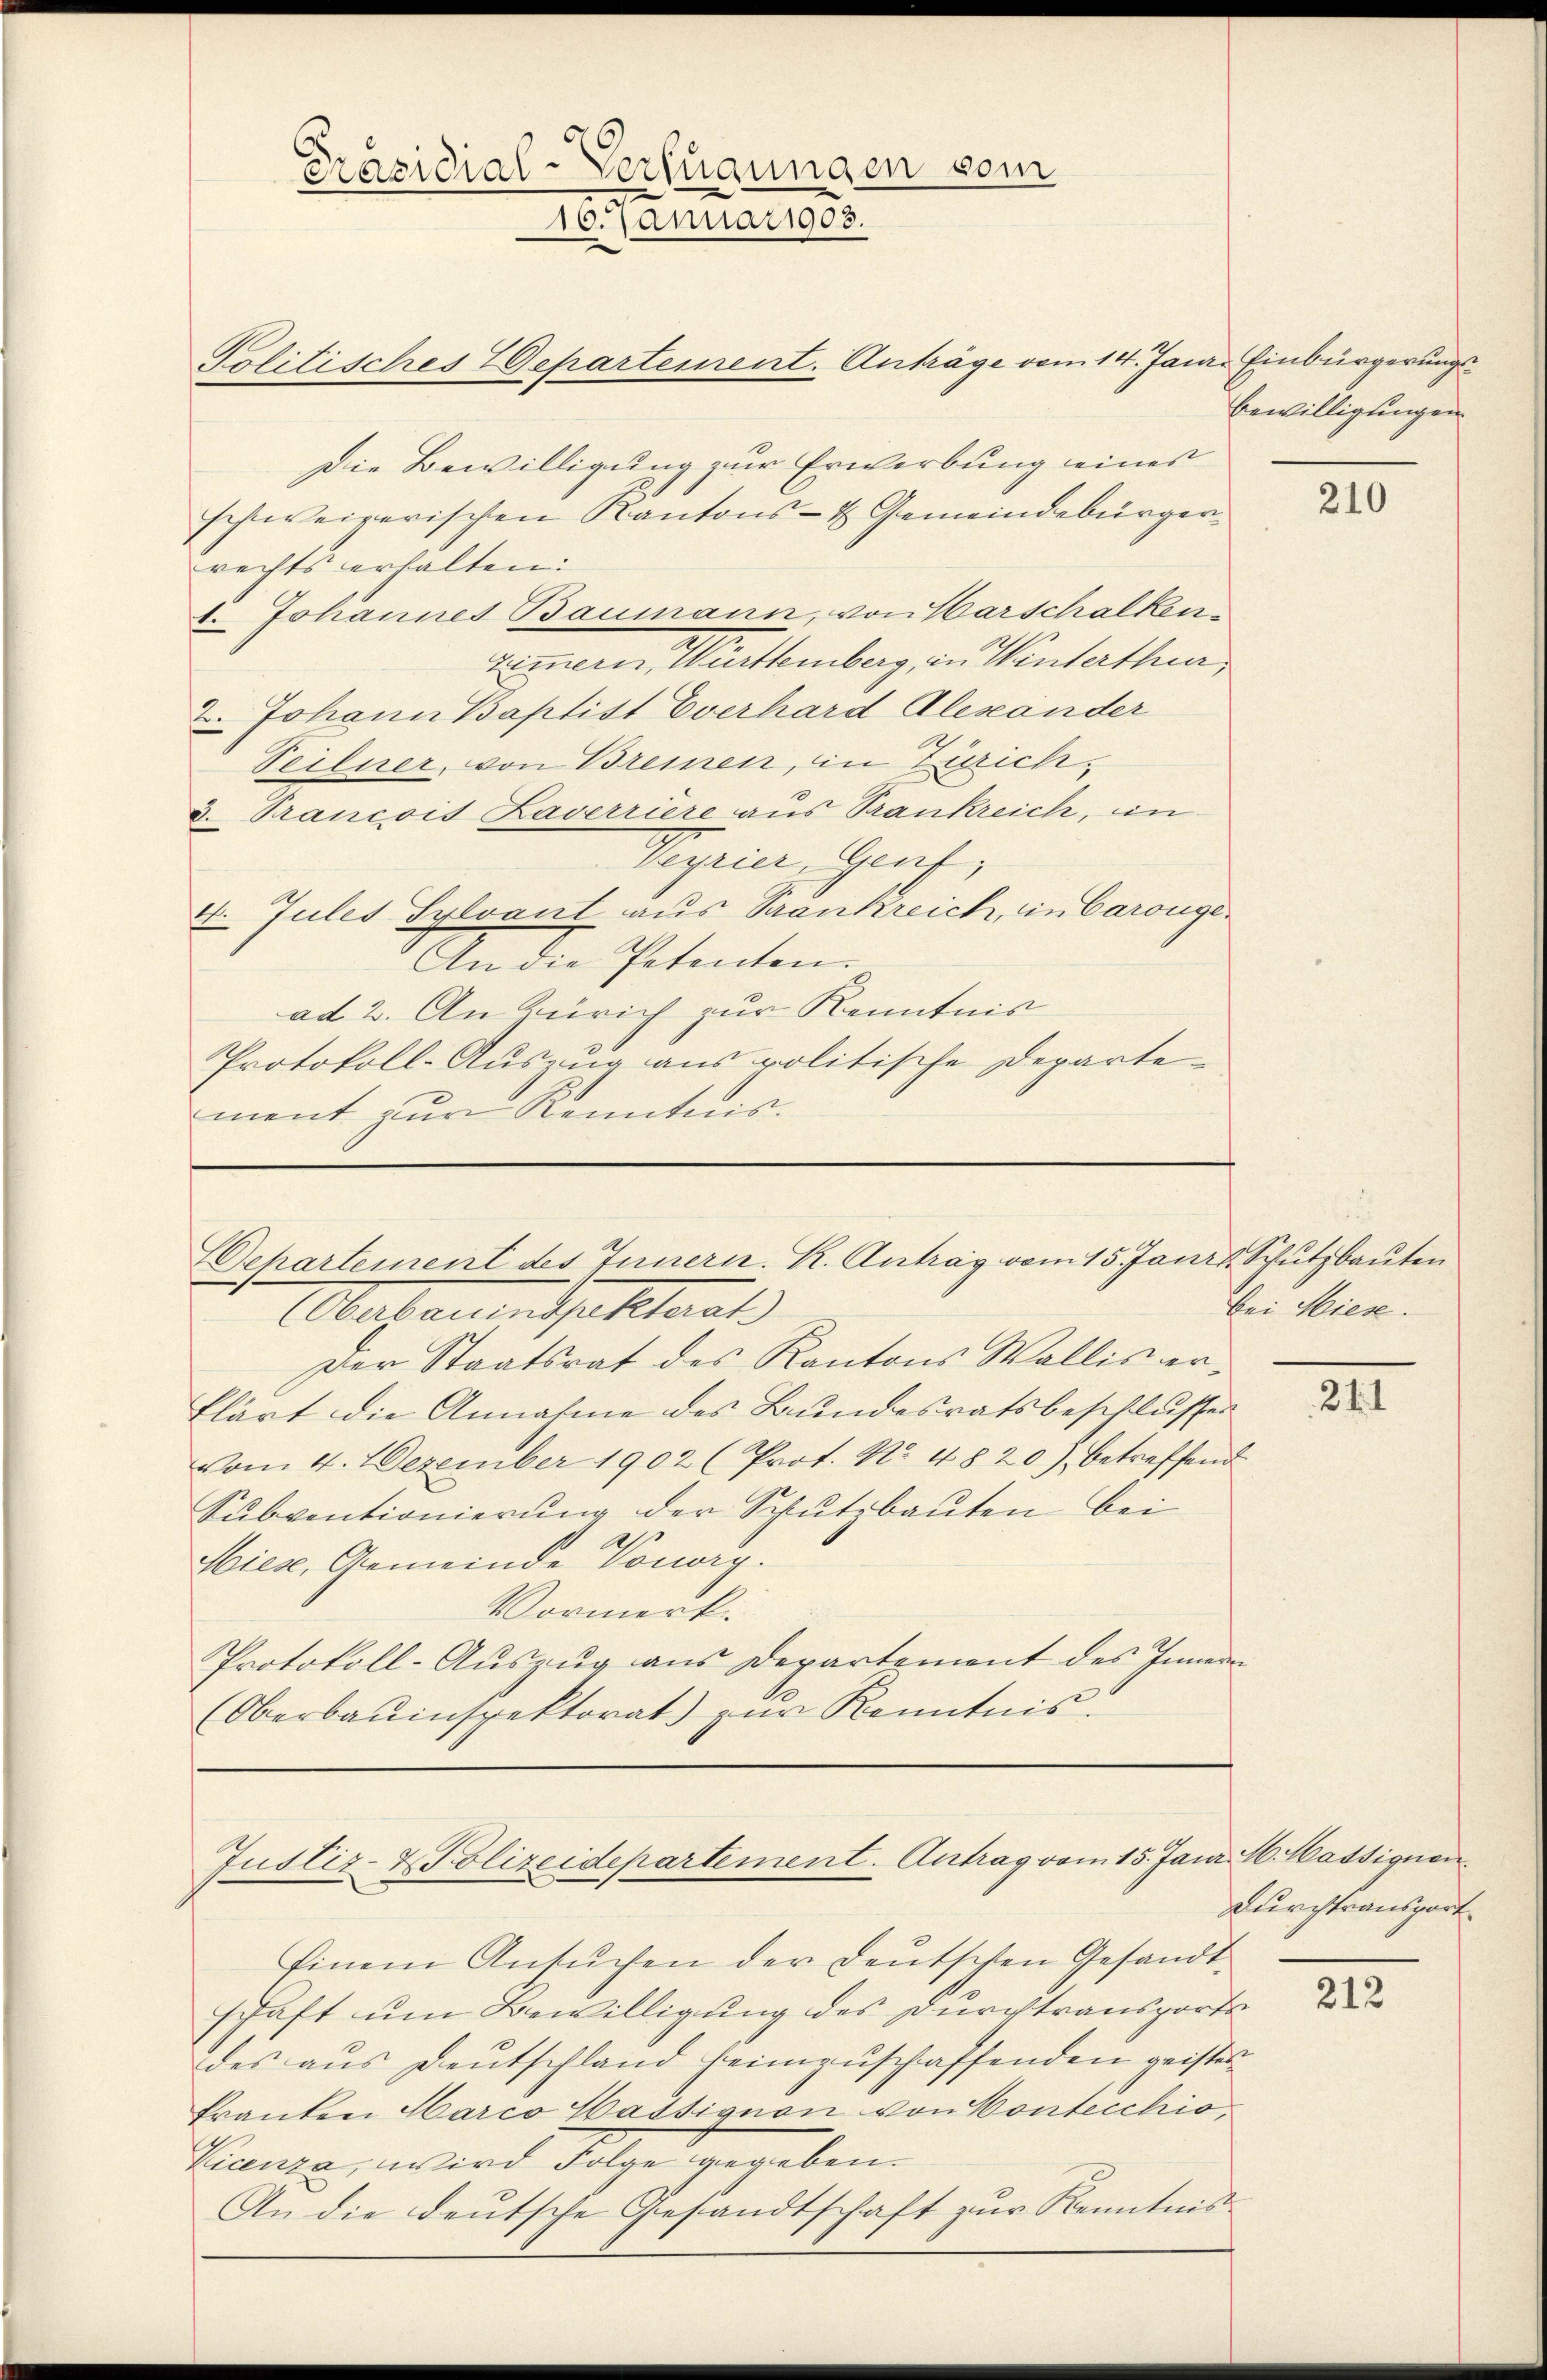
Politisches Departement. Anträge vom 14. Jan. Einbürgerungs¬
Die Bewilligung zur Erwerbung eines
schweizerischen Kantons- & Gemeindebürgerrechts erhalten:
6 Johannes Baumann, von Warschalkenzimmern, Württemberg, in Winterthur,
 Johann Baptist Everhard Alexander
Teilner, von Breinen, in Zürich¬
3. Trancois Zaverriere aus Trankreich, in
Sigrin, Graf,
4. Jules Sylvant aus Strankreich, in Carouge.
An die Petenten.
ad 2. An Zürich zur Kenntnis
Protokoll-Auszug aus politische Departement zur Kenntnis.

Präsidial-Verfügungen vom
10. Januar 1908.

Aufarenthalterat
Der Staatsrat des Kantons Wallis erklärt die Annahme des Bundesratsbeschlusses
vom 4. Dezember 1902 (Prot. No. 4820), betreffend
Subventionierung der Schutzbauten bei
ap
Wiese, Gemeinde Vorar.
Vormerk.
Protokoll-Auszug aus Departement des Innern
(Oberbauinspektorat) zŭr Kenntnis.

ehartement des Innern. R. Antrag vom 15. Janr. Schutzbauten

Justiz- & Polizeidepartement. Antrag vom 15. Janr

Einem Ansuchen der deutschen Gesandtschaft um Bewilligung des Durchtransports
des aus Deutschland heimzuschaffenden geisten
Franken Harco Hassignon von Vontecchio,
Vicenza, wird Folge gegeben.
An die deutsche Gesandtschaft zur Kenntnis

Bewilligungen

210

bei Hiese.

III

16. Massignen.
Durchtransport

212